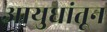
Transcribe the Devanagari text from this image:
आयुधांतून